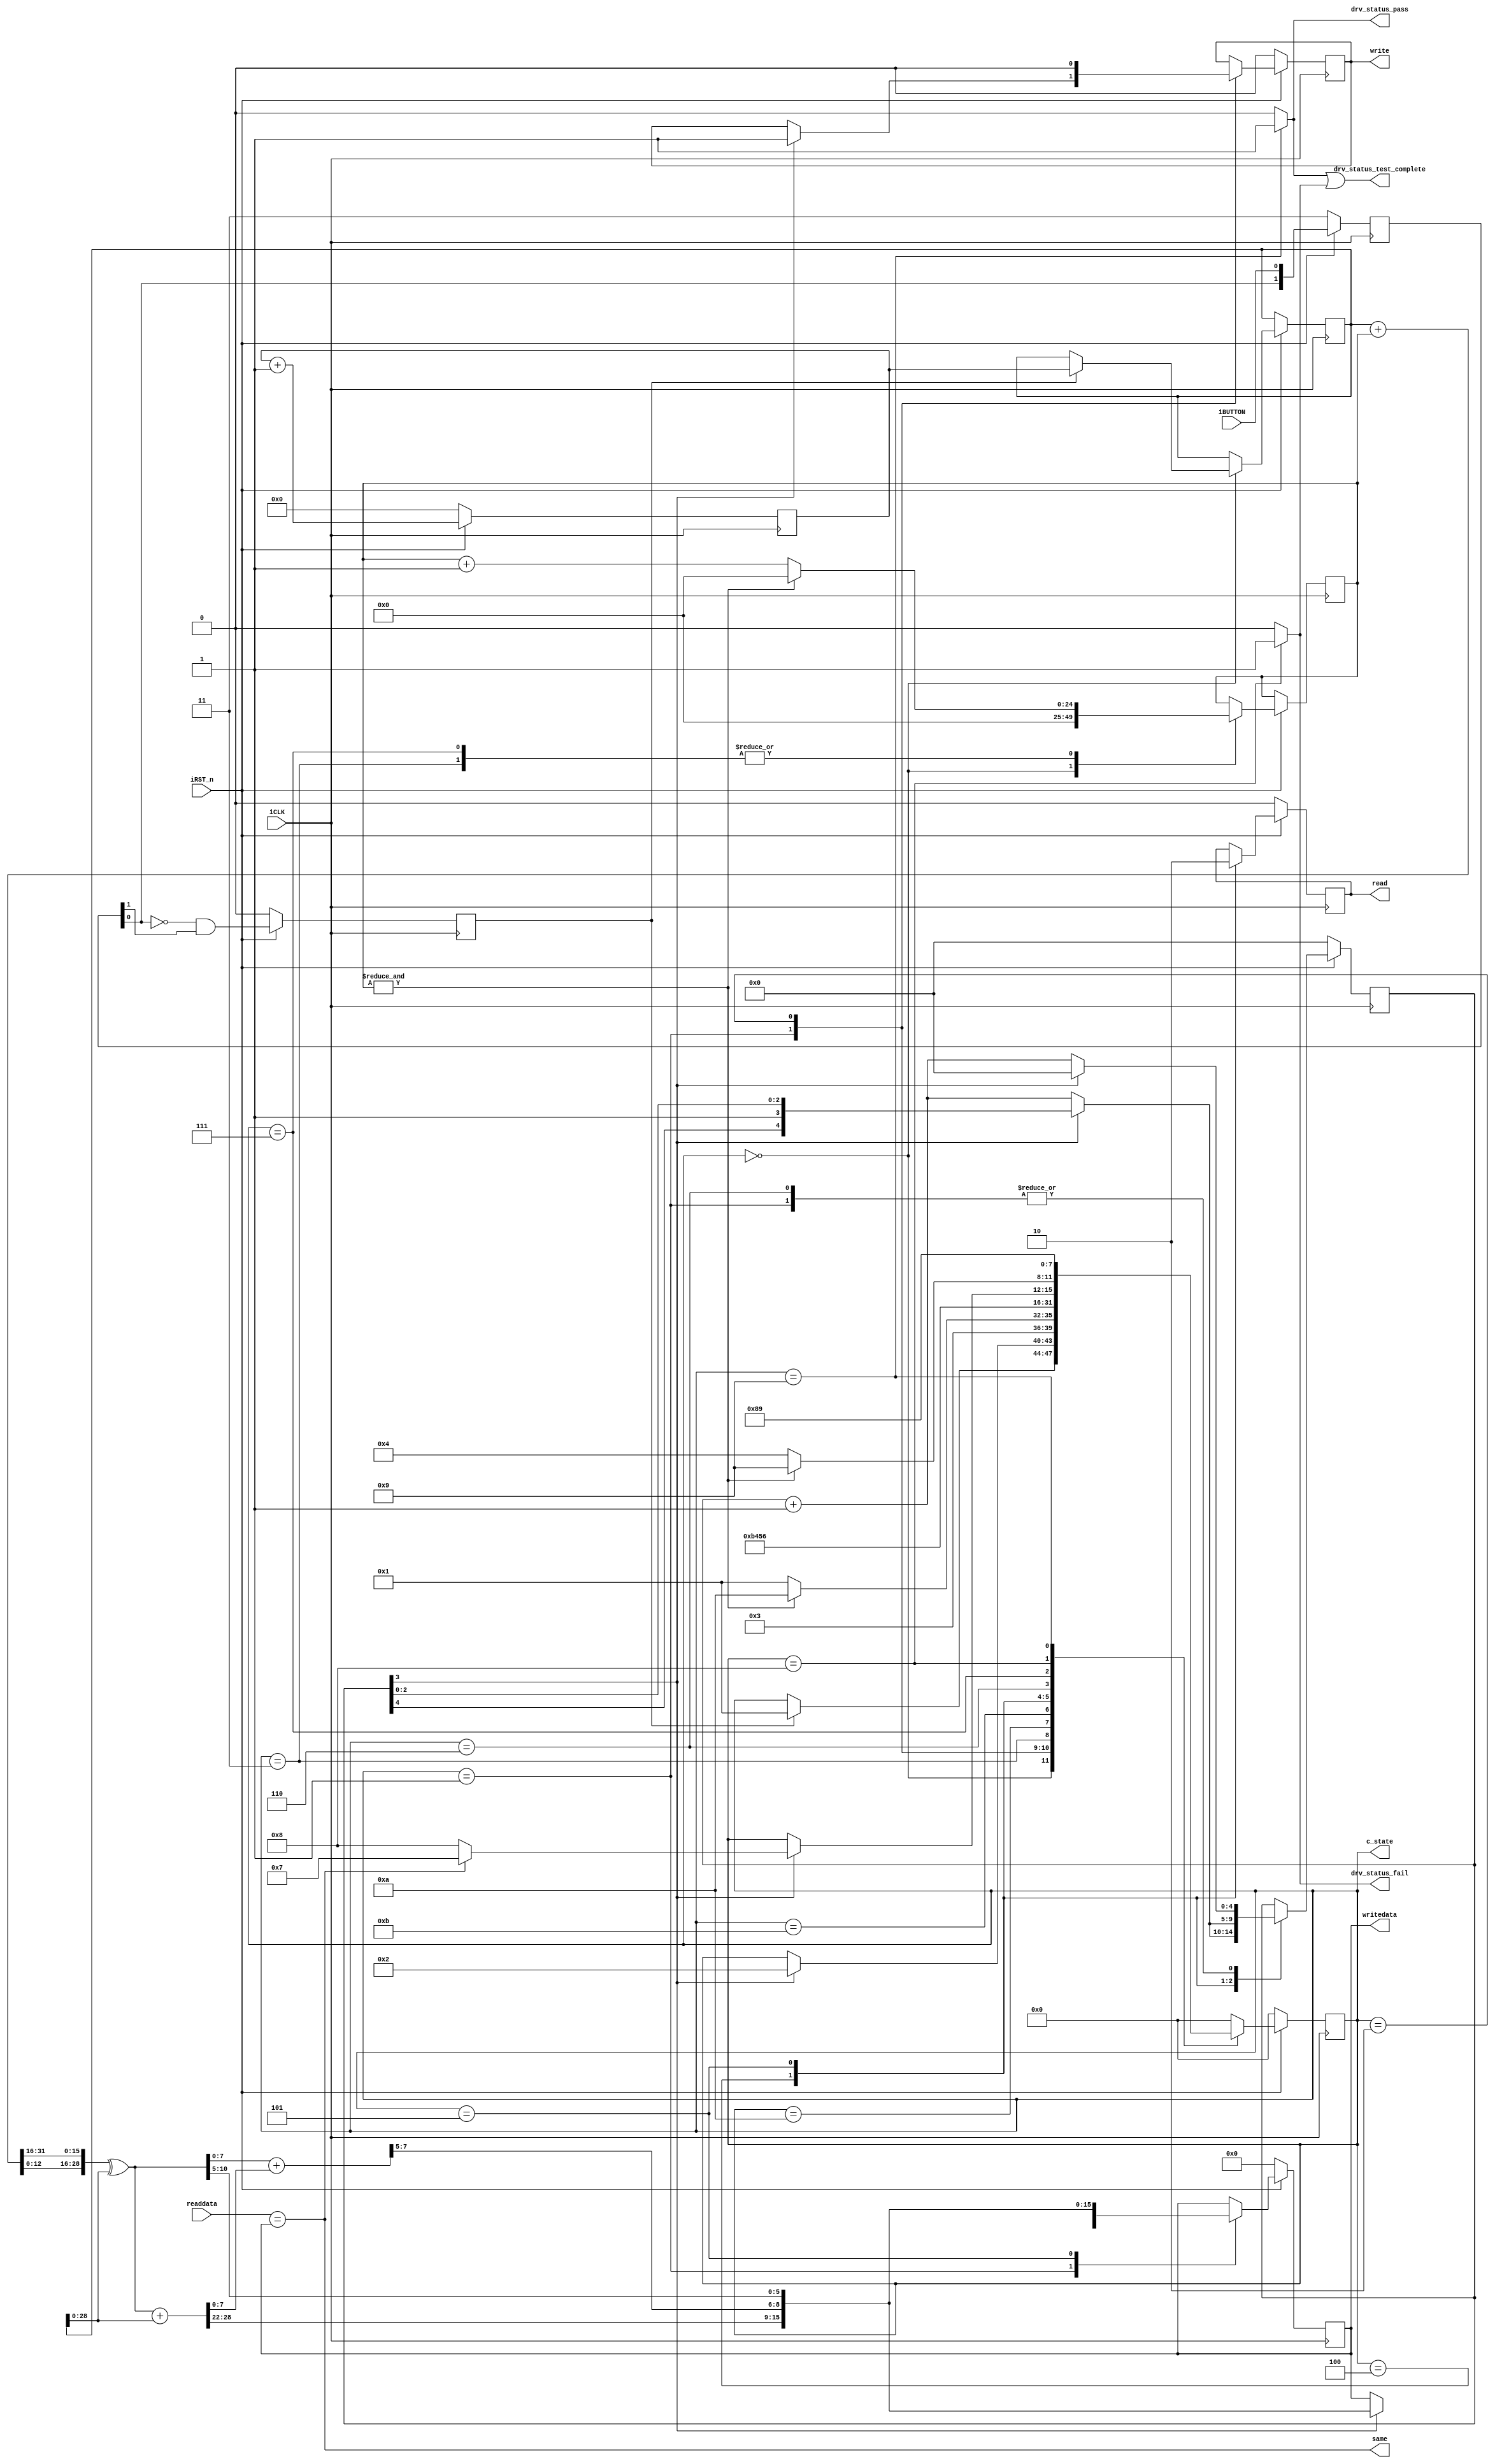
module RW_Test (
      iCLK,
		iRST_n,
		iBUTTON,
	   write,
		writedata,
	   read,
		readdata,
      drv_status_pass,
		drv_status_fail,
		drv_status_test_complete,
		c_state,		
      same
);

parameter      ADDR_W             =     25;
parameter      DATA_W             =     16;

input          iCLK;
input          iRST_n;
input          iBUTTON;

output         write;
output [DATA_W-1:0]	writedata;
output	      read;
input	 [DATA_W-1:0]  readdata;
	
output		   drv_status_pass;
output		   drv_status_fail;
output		   drv_status_test_complete;
output         same;
output [3:0]   c_state;		

//=======================================================
//  Signal declarations
//=======================================================

reg  [1:0]           pre_button;
reg                  trigger;
reg  [3:0]           c_state;		
reg	               write, read;
reg  [ADDR_W-1:0]    address;  
reg  [DATA_W-1:0]    writedata;
reg  [4:0]           write_count;
wire                 max_address;
wire                 same;

assign max_address = &address;
assign same = readdata == writedata;

wire [31:0]          y0, y1, y2;
wire [7:0]           z;
wire [DATA_W-1:0]    y;	
reg  [31:0]          cal_data,clk_cnt;

assign y0 = cal_data + {7'b0, address};
assign y1 = {y0[15:0], y0[31:16]} ^ cal_data;
assign y2 = y1 + cal_data;
assign z = y1[7:0] + y2[7:0];
assign y = {y2[28:22],z[7:5],y1[10:5]};

always@(posedge iCLK)
  if (!iRST_n)
  	 clk_cnt <= 32'b0;
  else  
  	 clk_cnt <= clk_cnt + 32'b1;

always@(posedge iCLK)
begin
	if (!iRST_n)
	begin 
		pre_button <= 2'b11;
		trigger <= 1'b0;
		write_count <= 5'b0;
		c_state <= 4'b0;
		write <= 1'b0;
		read <= 1'b0;
		writedata<=16'b0;
	 end
	else
	begin
	   pre_button <= {pre_button[0], iBUTTON};
		trigger <= !pre_button[0] && pre_button[1];

	  case (c_state)
	  	0 : begin //idle
	  		address <= {ADDR_W{1'b0}};

	  			if (trigger)
	  		begin
	  			c_state <= 1;
				cal_data<=clk_cnt;
	  		end

	  	end
	  	1 : begin //write
	  		
	  		if (write_count[3])
	  		begin
	  		  write_count <= 5'b0;
	  		  write <= 1'b1;
			  writedata <= y;
	  		  c_state <= 2;
	  		end
	  	  else
	  	  	write_count <= write_count + 1'b1;
		 end
	  	2 : begin //finish write one data
	  		   write <= 1'b0;
	  			c_state <= 3;
	  		end
	  	3 : begin
	  	   if (max_address) //finish write all(burst) 
	  		begin
		      address <=  {ADDR_W{1'b0}};
				c_state <= 10;
         end
		else //write the next data
	  		begin
	  			address <= address + 1'b1;
	  			c_state <= 1;
	  		end
		end
			
		10 : c_state <= 11;
		11 : c_state <= 4;
	  	4 : begin //read
	  			read <= 1;
			
	       if (!write_count[3])
	  			write_count <= write_count + 1'b1;
	  		
	  		   c_state <= 5;
	  	end
	  	5 : begin //latch read data
	  		read <= 0;
 		   writedata <= y;
		  
		  if (!write_count[3])
	  			write_count <= write_count + 5'b1;

	  	   c_state <= 6;
       end
	  	6 : begin //finish compare one data
	  		if (write_count[3])
	  		begin
	  			write_count <= 5'b0;
	  			if (same)
	  				c_state <= 7;
	  			else
	            c_state <= 8;
        end
        else
        	write_count <= write_count + 1'b1;
	  	end
	  	7 : begin
		
	  	  if (max_address) //finish compare all 
	  		begin
	  			address <=  {ADDR_W{1'b0}};
			   c_state <= 9;
	  		end
	  		else //compare the next data
          begin
	  			address <= address + 1'b1;
            c_state <= 4;
  		 end
		end
		8 : c_state <= 8;
		9 : c_state <= 9;
	    default : c_state <= 0;
	  endcase
  end
end
		
// test result
assign drv_status_pass = (c_state == 9) ? 1 : 0;
assign drv_status_fail = (c_state == 8) ? 1 : 0;
assign drv_status_test_complete = drv_status_pass || drv_status_fail;

endmodule